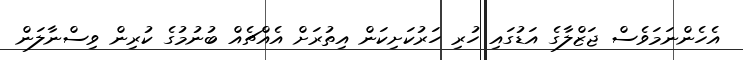
އެހެންނަމަވެސް ޖަޒްލާގެ އަޑުގައި ހުރި ހަރުކަށިކަން އިތުރަށް އެއްޗެއް ބުނުމުގެ ކުރިން ވިސްނާލަން